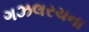
ગઝલરચના